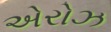
એરોઝ